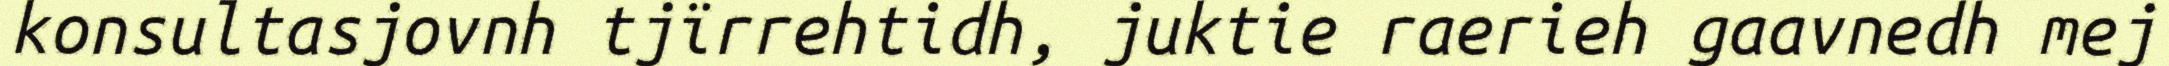
konsultasjovnh tjïrrehtidh, juktie raerieh gaavnedh mej